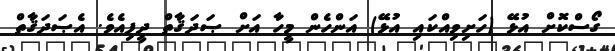
ގޯސްކޮށް އުޅޭ (ހަށިވިއްކައި އުޅޭ) އަންހެން މީހާ އަށް ޞަދަޤާތް ދީފިއެވެ. އެޞަދަޤާތް